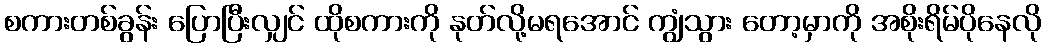
စကားတစ်ခွန်း ပြောပြီးလျှင် ထိုစကားကို နုတ်လို့မရအောင် ကျွံသွား တော့မှာကို အစိုးရိမ်ပိုနေလို